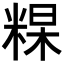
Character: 𥺰